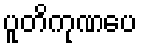
ပူတိကုဏပေ